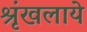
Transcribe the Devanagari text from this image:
श्रृंखलाये